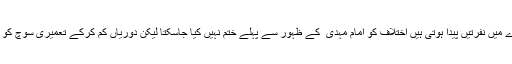
اختلافات سے معاشرے میں نفرتیں پیدا ہوتی ہیں اختلاف کو امام مہدی ؑ کے ظہور سے پہلے ختم نہیں کیا جاسکتا لیکن دوریاں کم کرکے تعمیری سوچ کو فروغ دیا جاسکتا ہے۔